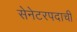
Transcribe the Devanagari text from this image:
सेनेटरपदाची